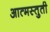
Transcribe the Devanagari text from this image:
आत्मस्तुती